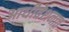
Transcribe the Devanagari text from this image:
आधीवेशनात